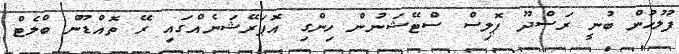
ފުލުހުން ބުނީ ރަސްދޫ ޕޮލިސް ސްޓޭޝަނުން ހިންގި އޮޕަރޭޝަނެއްގައި ރޭ ތޮއްޑޫން ބްލެޓް